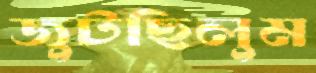
জুটছিলুম